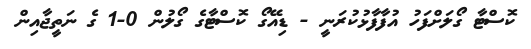
ކޮސްޓާ ގޯލަށްފަހު އުފާފާޅުކުރަނީ - ޑިއޭގޯ ކޮސްޓާގެ ގޯލުން 0-1 ގެ ނަތީޖާއިން